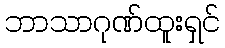
ဘာသာဂုဏ်ထူးရှင်